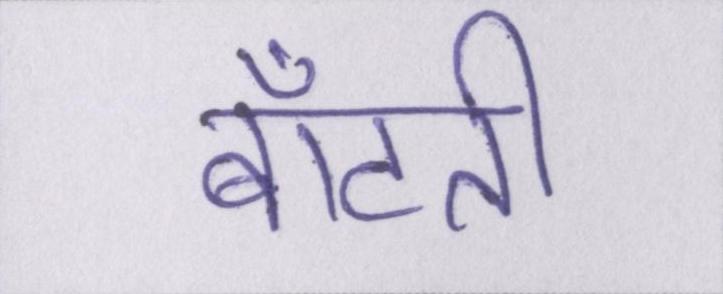
बाँटती